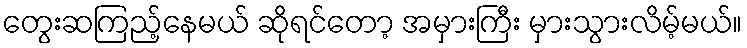
တွေးဆကြည့်နေမယ် ဆိုရင်တော့ အမှားကြီး မှားသွားလိမ့်မယ်။